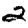
Digit: 2